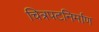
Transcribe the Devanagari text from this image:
चित्रपटनिर्माण